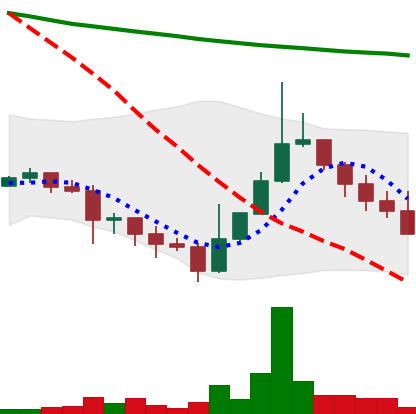
Ticker: DOGE-USD
Chart end date: 2022-01-20
Forward return: -7.832%
Label: down_7plus